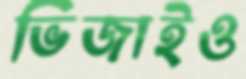
ভিজাইও